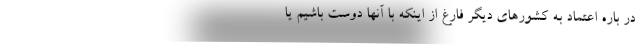
در باره اعتماد به کشورهای دیگر فارغ از اینکه با آنها دوست باشیم یا